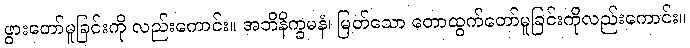
ဖွားတော်မူခြင်းကို လည်းကောင်း။ အဘိနိက္ခမနံ၊ မြတ်သော တောထွက်တော်မူခြင်းကိုလည်းကောင်း။